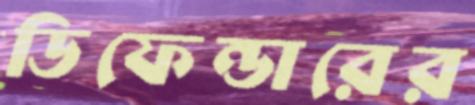
ডিফেন্ডারের